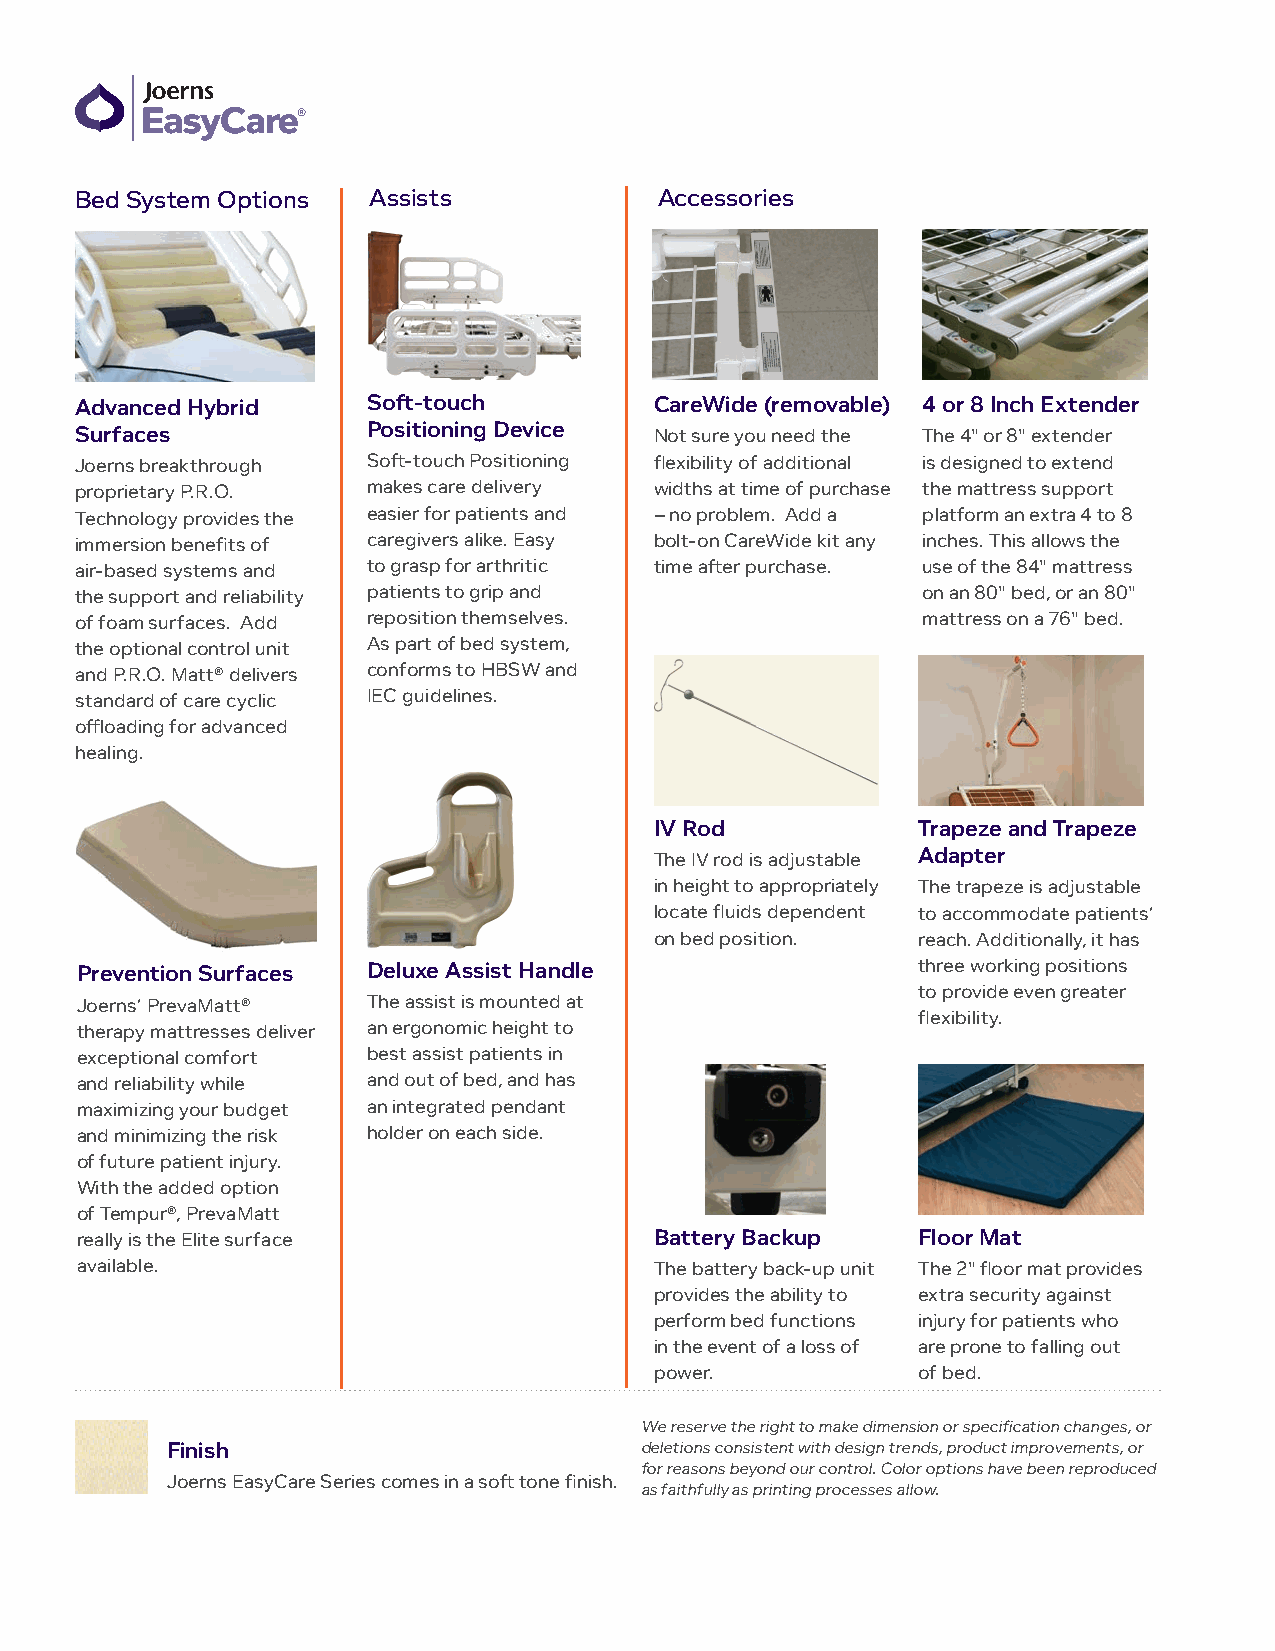
Bed System Options Assists             Accessories
 Advanced Hybrid    Soft-touch         CareWide (removable) 4 or 8 Inch Extender
 Surfaces           Positioning Device Not sure you need the The 4" or 8" extender
 Joerns breakthrough Soft-touch Positioning flexibility of additional is designed to extend
 proprietary P.R.O. makes care delivery widths at time of purchase the mattress support
 Technology provides the easier for patients and – no problem. Add a platform an extra 4 to 8
 immersion benefits of caregivers alike. Easy bolt-on CareWide kit any inches. This allows the
 air-based systems and to grasp for arthritic time after purchase. use of the 84" mattress
 the support and reliability patients to grip and        on an 80" bed, or an 80"
 of foam surfaces. Add reposition themselves.            mattress on a 76" bed.
 the optional control unit As part of bed system,
 and P.R.O. Matt® delivers conforms to HBSW and
 standard of care cyclic IEC guidelines.
 offloading for advanced
 healing.
 IV Rod            Trapeze and Trapeze
 The IV rod is adjustable Adapter
 in height to appropriately The trapeze is adjustable
 locate fluids dependent to accommodate patients’
 on bed position.  reach. Additionally, it has
 Prevention Surfaces Deluxe Assist Handle                three working positions
 to provide even greater
 Joerns’ PrevaMatt® The assist is mounted at
 flexibility.
 therapy mattresses deliver an ergonomic height to
 exceptional comfort best assist patients in
 and reliability while and out of bed, and has
 maximizing your budget an integrated pendant
 and minimizing the risk holder on each side.
 of future patient injury.
 With the added option
 of Tempur®, PrevaMatt
 really is the Elite surface           Battery Backup    Floor Mat
 available.                            The battery back-up unit The 2" floor mat provides
 provides the ability to extra security against
 perform bed functions injury for patients who
 in the event of a loss of are prone to falling out
 power.            of bed.
 We reserve the right to make dimension or specification changes, or
 Finish                         deletions consistent with design trends, product improvements, or
 for reasons beyond our control. Color options have been reproduced
 Joerns EasyCare Series comes in a soft tone finish.
 as faithfully as printing processes allow.